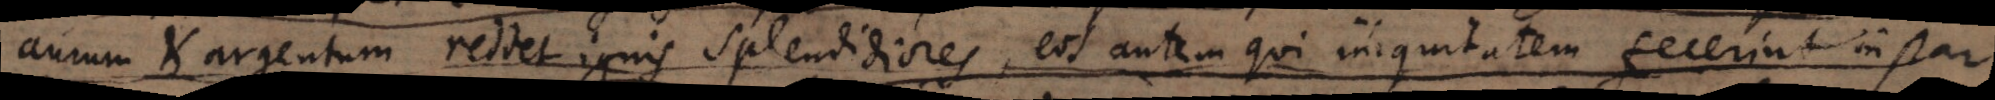
aurum et argentum reddet ignis splendidiores, eos autem qui iniquitatem fecerint instar